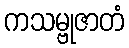
ကသမ္ဗုဇာတံ